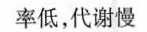
率低，代谢慢